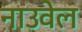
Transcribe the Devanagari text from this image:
नाउवेल